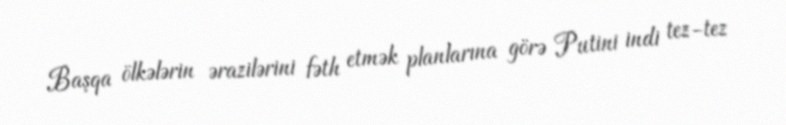
Başqa ölkələrin ərazilərini fəth etmək planlarına görə Putini indi tez-tez